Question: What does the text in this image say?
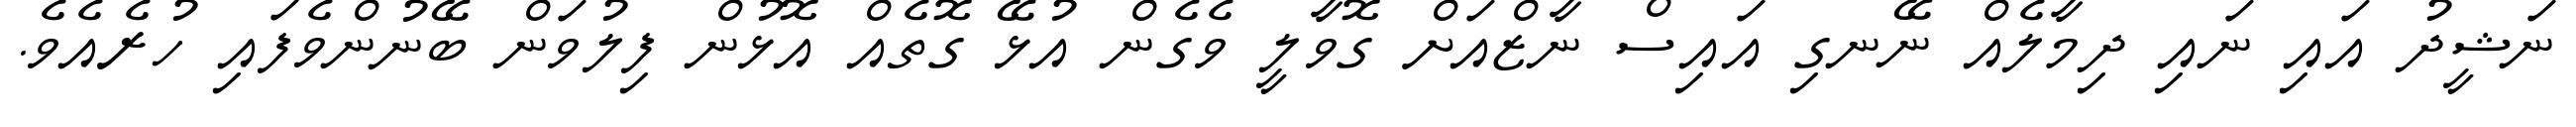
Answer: ނަޝީދު އައި ނައި ދިމާލެއް ނޭނގި އައިސް ނާޒްއަށް ގޮވާލީ ވެގެން އުޅޭ ގޮތެއް އޮޅުން ފިލުވަން ބޭނުންވެފައި ހުރެއެވެ.